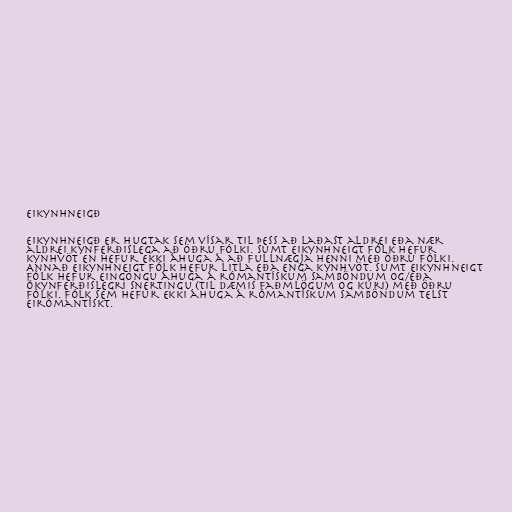
Eikynhneigð

Eikynhneigð er hugtak sem vísar til þess að laðast aldrei eða nær
aldrei kynferðislega að öðru fólki. Sumt eikynhneigt fólk hefur
kynhvöt en hefur ekki áhuga á að fullnægja henni með öðru fólki.
Annað eikynhneigt fólk hefur litla eða enga kynhvöt. Sumt eikynhneigt
fólk hefur eingöngu áhuga á rómantískum samböndum og/eða
ókynferðislegri snertingu (til dæmis faðmlögum og kúri) með öðru
fólki. Fólk sem hefur ekki áhuga á rómantískum samböndum telst
eirómantískt.